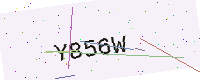
Text: Y856W